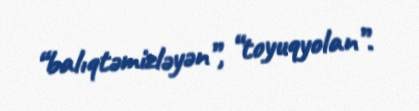
“balıqtəmizləyən”, “toyuqyolan”.